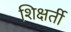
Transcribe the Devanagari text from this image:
शिक्षर्ती